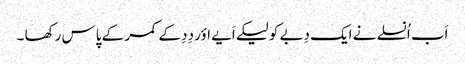
اَب اُنسلے نے ایک دِبے کو لیکے اَیے اؤر دِدِ کے کمر کے پاس رکھا ۔